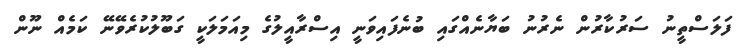
ފަލަސްތީނު ސަރުކާރުން ނެރުނު ބަޔާނެއްގައި ބުނެފައިވަނީ އިސްރާއީލުގެ މިއަމަލަކީ ގަބޫލުކުރެވޭނޭ ކަމެއް ނޫން